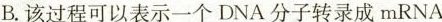
B.该过程可以表示一个DNA分子转录成mRNA